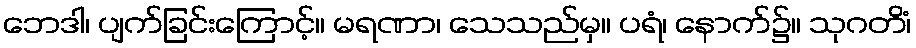
ဘေဒါ၊ ပျက်ခြင်းကြောင့်။ မရဏာ၊ သေသည်မှ။ ပရံ၊ နောက်၌။ သုဂတိံ၊